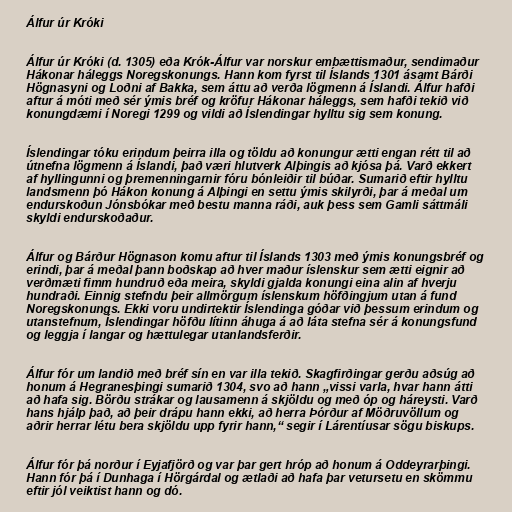
Álfur úr Króki

Álfur úr Króki (d. 1305) eða Krók-Álfur var norskur embættismaður, sendimaður
Hákonar háleggs Noregskonungs. Hann kom fyrst til Íslands 1301 ásamt Bárði
Högnasyni og Loðni af Bakka, sem áttu að verða lögmenn á Íslandi. Álfur hafði
aftur á móti með sér ýmis bréf og kröfur Hákonar háleggs, sem hafði tekið við
konungdæmi í Noregi 1299 og vildi að Íslendingar hylltu sig sem konung.

Íslendingar tóku erindum þeirra illa og töldu að konungur ætti engan rétt til að
útnefna lögmenn á Íslandi, það væri hlutverk Alþingis að kjósa þá. Varð ekkert
af hyllingunni og þremenningarnir fóru bónleiðir til búðar. Sumarið eftir hylltu
landsmenn þó Hákon konung á Alþingi en settu ýmis skilyrði, þar á meðal um
endurskoðun Jónsbókar með bestu manna ráði, auk þess sem Gamli sáttmáli
skyldi endurskoðaður.

Álfur og Bárður Högnason komu aftur til Íslands 1303 með ýmis konungsbréf og
erindi, þar á meðal þann boðskap að hver maður íslenskur sem ætti eignir að
verðmæti fimm hundruð eða meira, skyldi gjalda konungi eina alin af hverju
hundraði. Einnig stefndu þeir allmörgum íslenskum höfðingjum utan á fund
Noregskonungs. Ekki voru undirtektir Íslendinga góðar við þessum erindum og
utanstefnum, Íslendingar höfðu lítinn áhuga á að láta stefna sér á konungsfund
og leggja í langar og hættulegar utanlandsferðir.

Álfur fór um landið með bréf sín en var illa tekið. Skagfirðingar gerðu aðsúg að
honum á Hegranesþingi sumarið 1304, svo að hann „vissi varla, hvar hann átti
að hafa sig. Börðu strákar og lausamenn á skjöldu og með óp og háreysti. Varð
hans hjálp það, að þeir drápu hann ekki, að herra Þórður af Möðruvöllum og
aðrir herrar létu bera skjöldu upp fyrir hann,“ segir í Lárentíusar sögu biskups.

Álfur fór þá norður í Eyjafjörð og var þar gert hróp að honum á Oddeyrarþingi.
Hann fór þá í Dunhaga í Hörgárdal og ætlaði að hafa þar vetursetu en skömmu
eftir jól veiktist hann og dó.